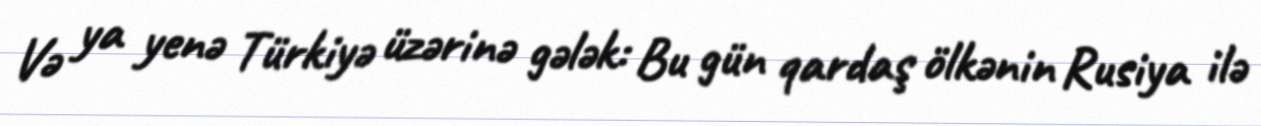
Və ya yenə Türkiyə üzərinə gələk: Bu gün qardaş ölkənin Rusiya ilə